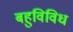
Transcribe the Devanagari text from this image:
बहुविविध